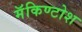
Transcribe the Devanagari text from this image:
मॅकिण्टोश